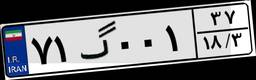
۷۱گ۰۰۱۳۷